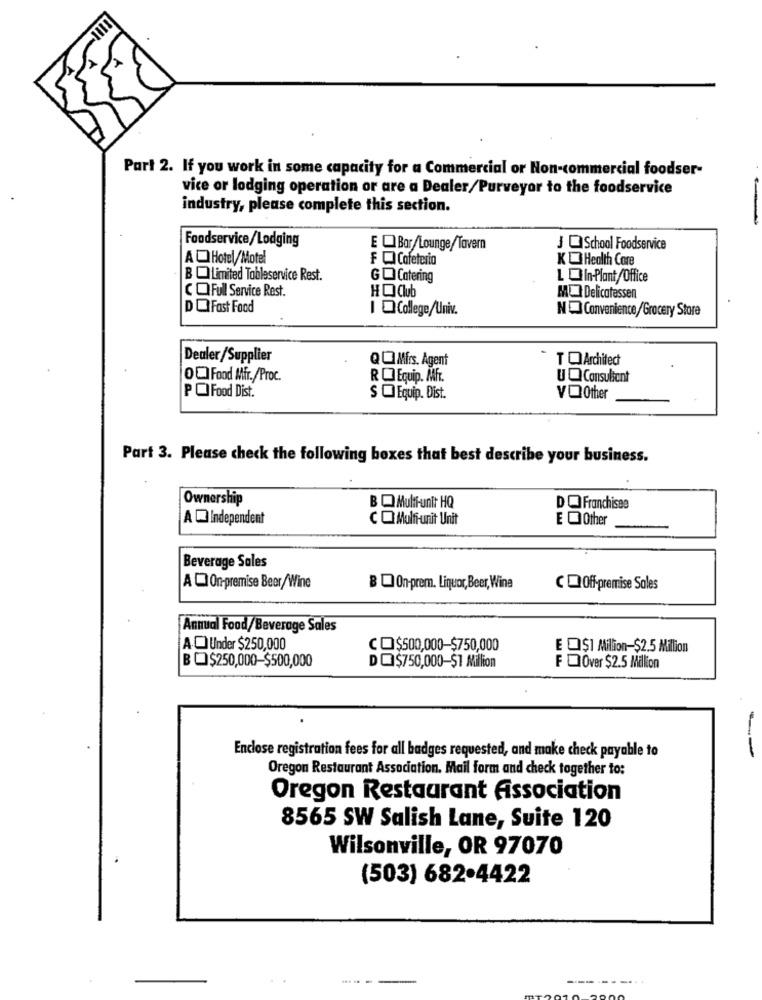
Part 2. If you work in some capacity for a Commercial or Non-commercial foodser-
vice or lodging operation or are a Dealer/Purveyar to the foodservice
industry, please complete this section.
Foodservice/Lodging
E QBar/Lounge/Tavern
J @School Foodservice
AO Hotel/Motel
F Q Cafeteria
KO Health Care
BQLimited Tableservice Rest.
GO Catering
COFull Service Rest.
HO Club
MO Delicatessen
DO Fast Food
I College/Univ.
NO Convenience/Grocery Store
Dealer /Supplier
QOMfrs. Agent
T Q Architect
00 Food Mfr./Proc.
ROEquip. Mfr.
UO Consultant
PO Food Dist.
SOEquip. Dist.
VO Other
Part 3. Please check the following boxes that best describe your business.
Ownership
B Q Multi-unit HQ
DO Franchises
A Independent
CO Multi-unit Unit
E OOther
Beverage Sales
A [ On-premise Beer/Wine
B [ On-prem. Liquor,Beer, Wine
CQOff-premise Sales
Annual Food/Beverage Sales
A.O Under $250,000
CO$500,000-$750,000
E O$1 Million-$2.5 Million
BU$250,000-$500,000
DO$750,000-$1 Million
F QOver $2.5 Million
--
Enclose registration fees for all badges requested, and make check payable to
Oregon Restaurant Association. Mail form and check together to:
Oregon Restaurant Association
8565 SW Salish Lane, Suite 120
Wilsonville, OR 97070
(503) 682.4422